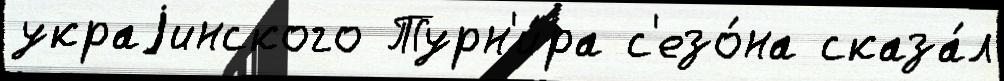
украjинского Турн'и́ра с'езо́на сказа́л